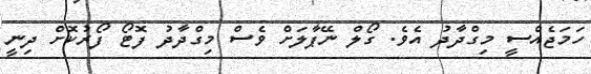
ހަމަޖެއްސީ މިގްދާދު އެވެ. ގޯލް ނޭޕާލަށް ވެސް މިގްދާދު ފޮޓޯ ފޯރުކޮށް ދިނީ